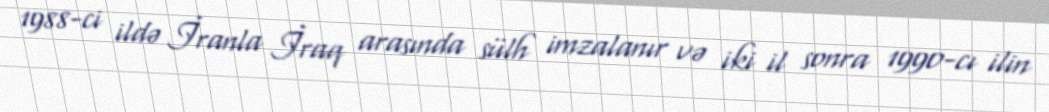
1988-ci ildə İranla İraq arasında sülh imzalanır və iki il sonra 1990-cı ilin